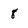
Character: 8